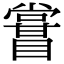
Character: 𥋤